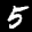
Label: 5